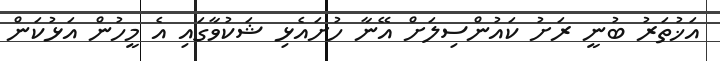
އަޚުތަރު ބުނީ ރަށު ކައުންސިލަށް އޭނާ ހުށައެޅި ޝަކުވާގައި އެ މީހުން އަޅުކަން